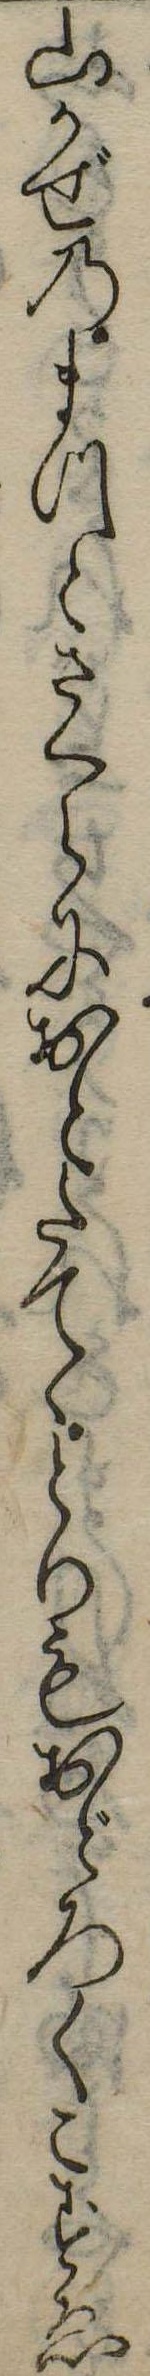
山かぜのまつとさくらにおとたてゝとりもおどろくこずゑ